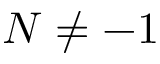
N \ne - 1